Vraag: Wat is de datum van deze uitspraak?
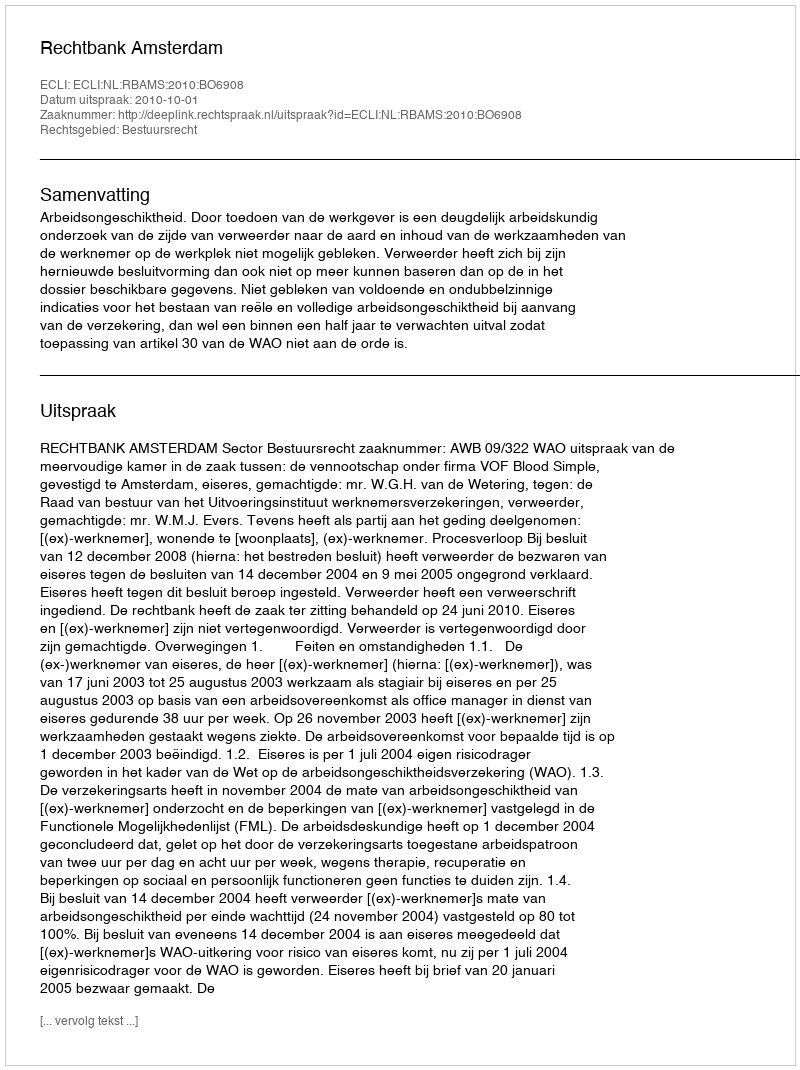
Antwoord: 2010-10-01